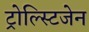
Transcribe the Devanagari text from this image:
ट्रोल्स्टिजेन